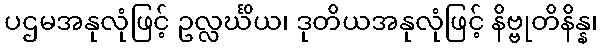
ပဌမအနုလုံဖြင့် ဥလ္လင်္ဃိယ၊ ဒုတိယအနုလုံဖြင့် နိဗ္ဗုတိနိန္န၊